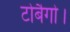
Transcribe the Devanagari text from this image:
टोबैगो।